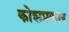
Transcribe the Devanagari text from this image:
कोशप्रकार